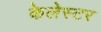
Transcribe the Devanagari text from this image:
केलेस्टर